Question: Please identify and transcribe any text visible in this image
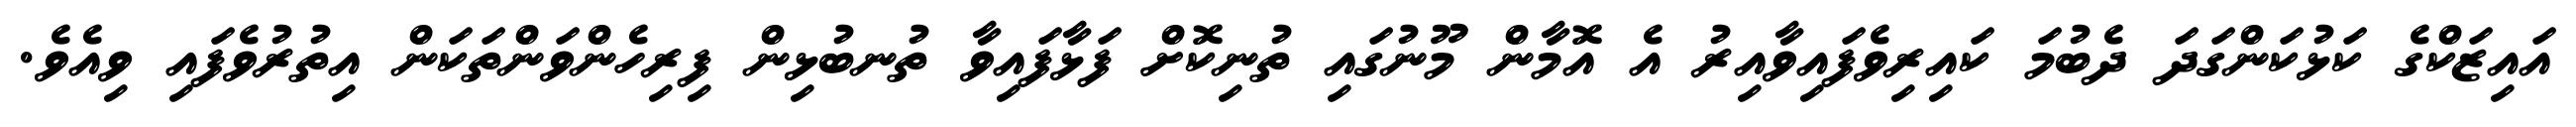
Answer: އައިޒަކްގެ ކަޅުކަންގަދަ ދެބުމަ ކައިރިވެފައިވާއިރު އެ އޮމާން މޫނުގައި ތުނިކޮށް ފަޅާފައިވާ ތުނބުޅިން ފިރިހެންވަންތަކަން އިތުރުވެފައި ވިއެވެ.